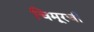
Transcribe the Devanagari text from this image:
चिमूरची